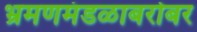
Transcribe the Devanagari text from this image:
भ्रमणमंडळाबरोबर